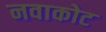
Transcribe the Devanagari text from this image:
नवाकोट